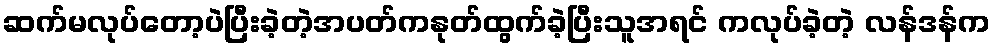
ဆက်မလုပ်တော့ပဲပြီးခဲ့တဲ့အပတ်ကနုတ်ထွက်ခဲ့ပြီးသူအရင် ကလုပ်ခဲ့တဲ့ လန်ဒန်က